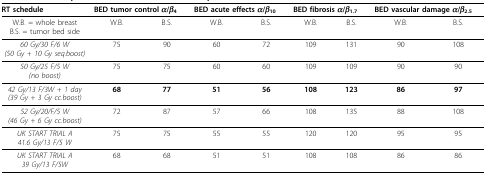
| RT schedule | <COLSPAN=2> BED tumor control α/β4 | <COLSPAN=2> BED acute effects α/β10 | <COLSPAN=2> BED fibrosis α/β1.7 | <COLSPAN=2> BED vascular damage α/β2.5 |
 | --- | --- | --- | --- | --- | --- | --- | --- | --- |
 | W.B. = whole breastB.S. = tumor bed side | W.B. | B.S. | W.B. | B.S. | W.B. | B.S. | W.B. | B.S. |
 | 60 Gy/30 F/6 W(50 Gy + 10 Gy seq.boost) | 75 | 90 | 60 | 72 | 109 | 131 | 90 | 108 |
 | 50 Gy/25 F/5 W(no boost) | 75 | 75 | 60 | 60 | 109 | 109 | 90 | 90 |
 | 42 Gy/13 F/3W + 1 day(39 Gy + 3 Gy cc.boost) | 68 | 77 | 51 | 56 | 108 | 123 | 86 | 97 |
 | 52 Gy/20/F/5 W(46 Gy + 6 Gy cc.boost) | 72 | 87 | 57 | 66 | 108 | 135 | 88 | 108 |
 | UK START TRIAL A41.6 Gy/13 F/5 W | 75 | 75 | 55 | 55 | 120 | 120 | 95 | 95 |
 | UK START TRIAL A39 Gy/13 F/5W | 68 | 68 | 51 | 51 | 108 | 108 | 86 | 86 |